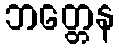
ဘတ္တေန